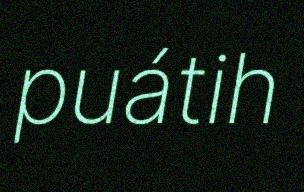
puátih